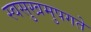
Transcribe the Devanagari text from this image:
स्वसुखमुपगते